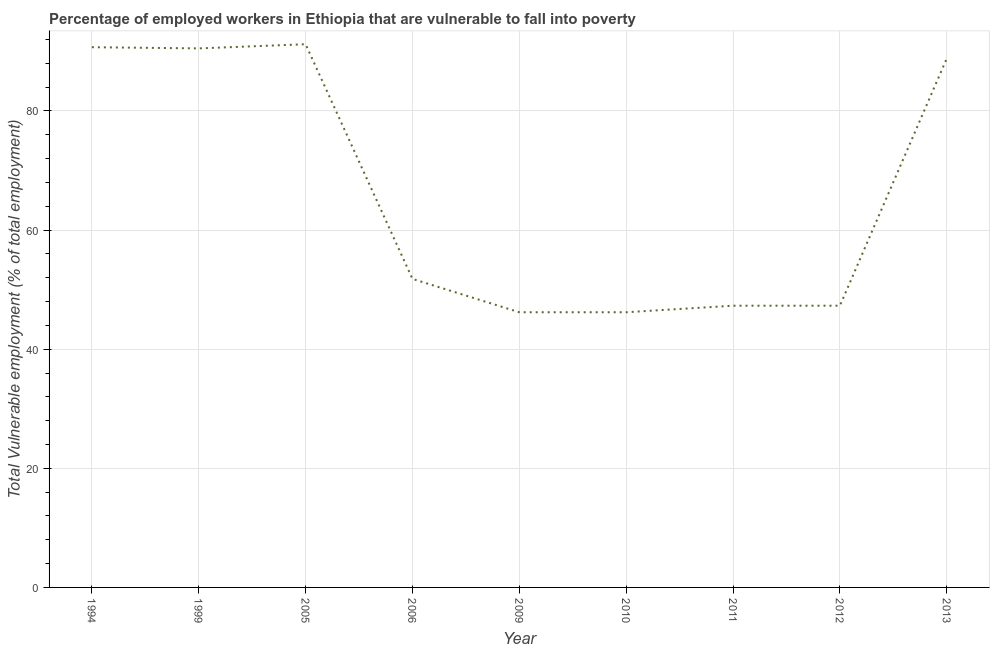
| Year | Vulnerable employment |
 | --- | --- |
 | 1994 | 90.7 |
 | 1999 | 90.5 |
 | 2005 | 91.2 |
 | 2006 | 51.8 |
 | 2009 | 46.2 |
 | 2010 | 46.2 |
 | 2011 | 47.3 |
 | 2012 | 47.3 |
 | 2013 | 88.8 |